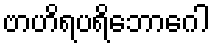
ဗာဟိရပရိဘောဂေါ